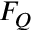
F _ { Q }